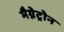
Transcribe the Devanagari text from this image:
मैग्नेट्रोन